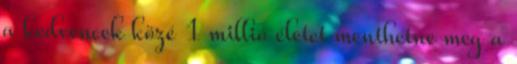
a kedvencek közé 1 millió életet menthetne meg a